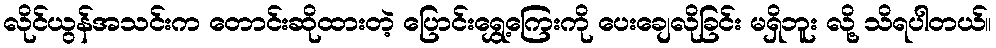
လိုင်ယွန်အသင်းက တောင်းဆိုထားတဲ့ ပြောင်းရွှေ့ကြေးကို ပေးချေလိုခြင်း မရှိဘူး လို့ သိရပါတယ်။